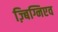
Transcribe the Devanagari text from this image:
ज़्बिग्निएव